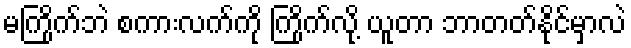
မကြိုက်ဘဲ စကားလက်ကို ကြိုက်လို့ ယူတာ ဘာတတ်နိုင်မှာလဲ